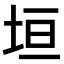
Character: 垣